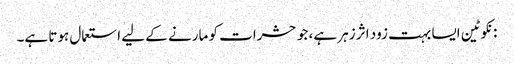
: نکوٹین ایسا بہت زود اثر زہر ہے، جو حشرات کو مارنے کے لیے استعمال ہوتا ہے۔